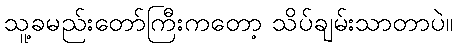
သူ့ခမည်းတော်ကြီးကတော့ သိပ်ချမ်းသာတာပဲ။